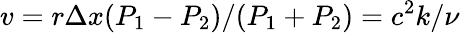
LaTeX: v=r\Delta x(P_{1}-P_{2})/(P_{1}+P_{2})=c^{2}k/\nu